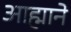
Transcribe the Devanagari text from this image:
आह्माने